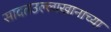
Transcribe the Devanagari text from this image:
सादतउल्लाखानाच्या